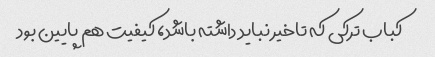
کباب ترکی که تاخیر نباید داشته باشد، کیفیت هم پایین بود